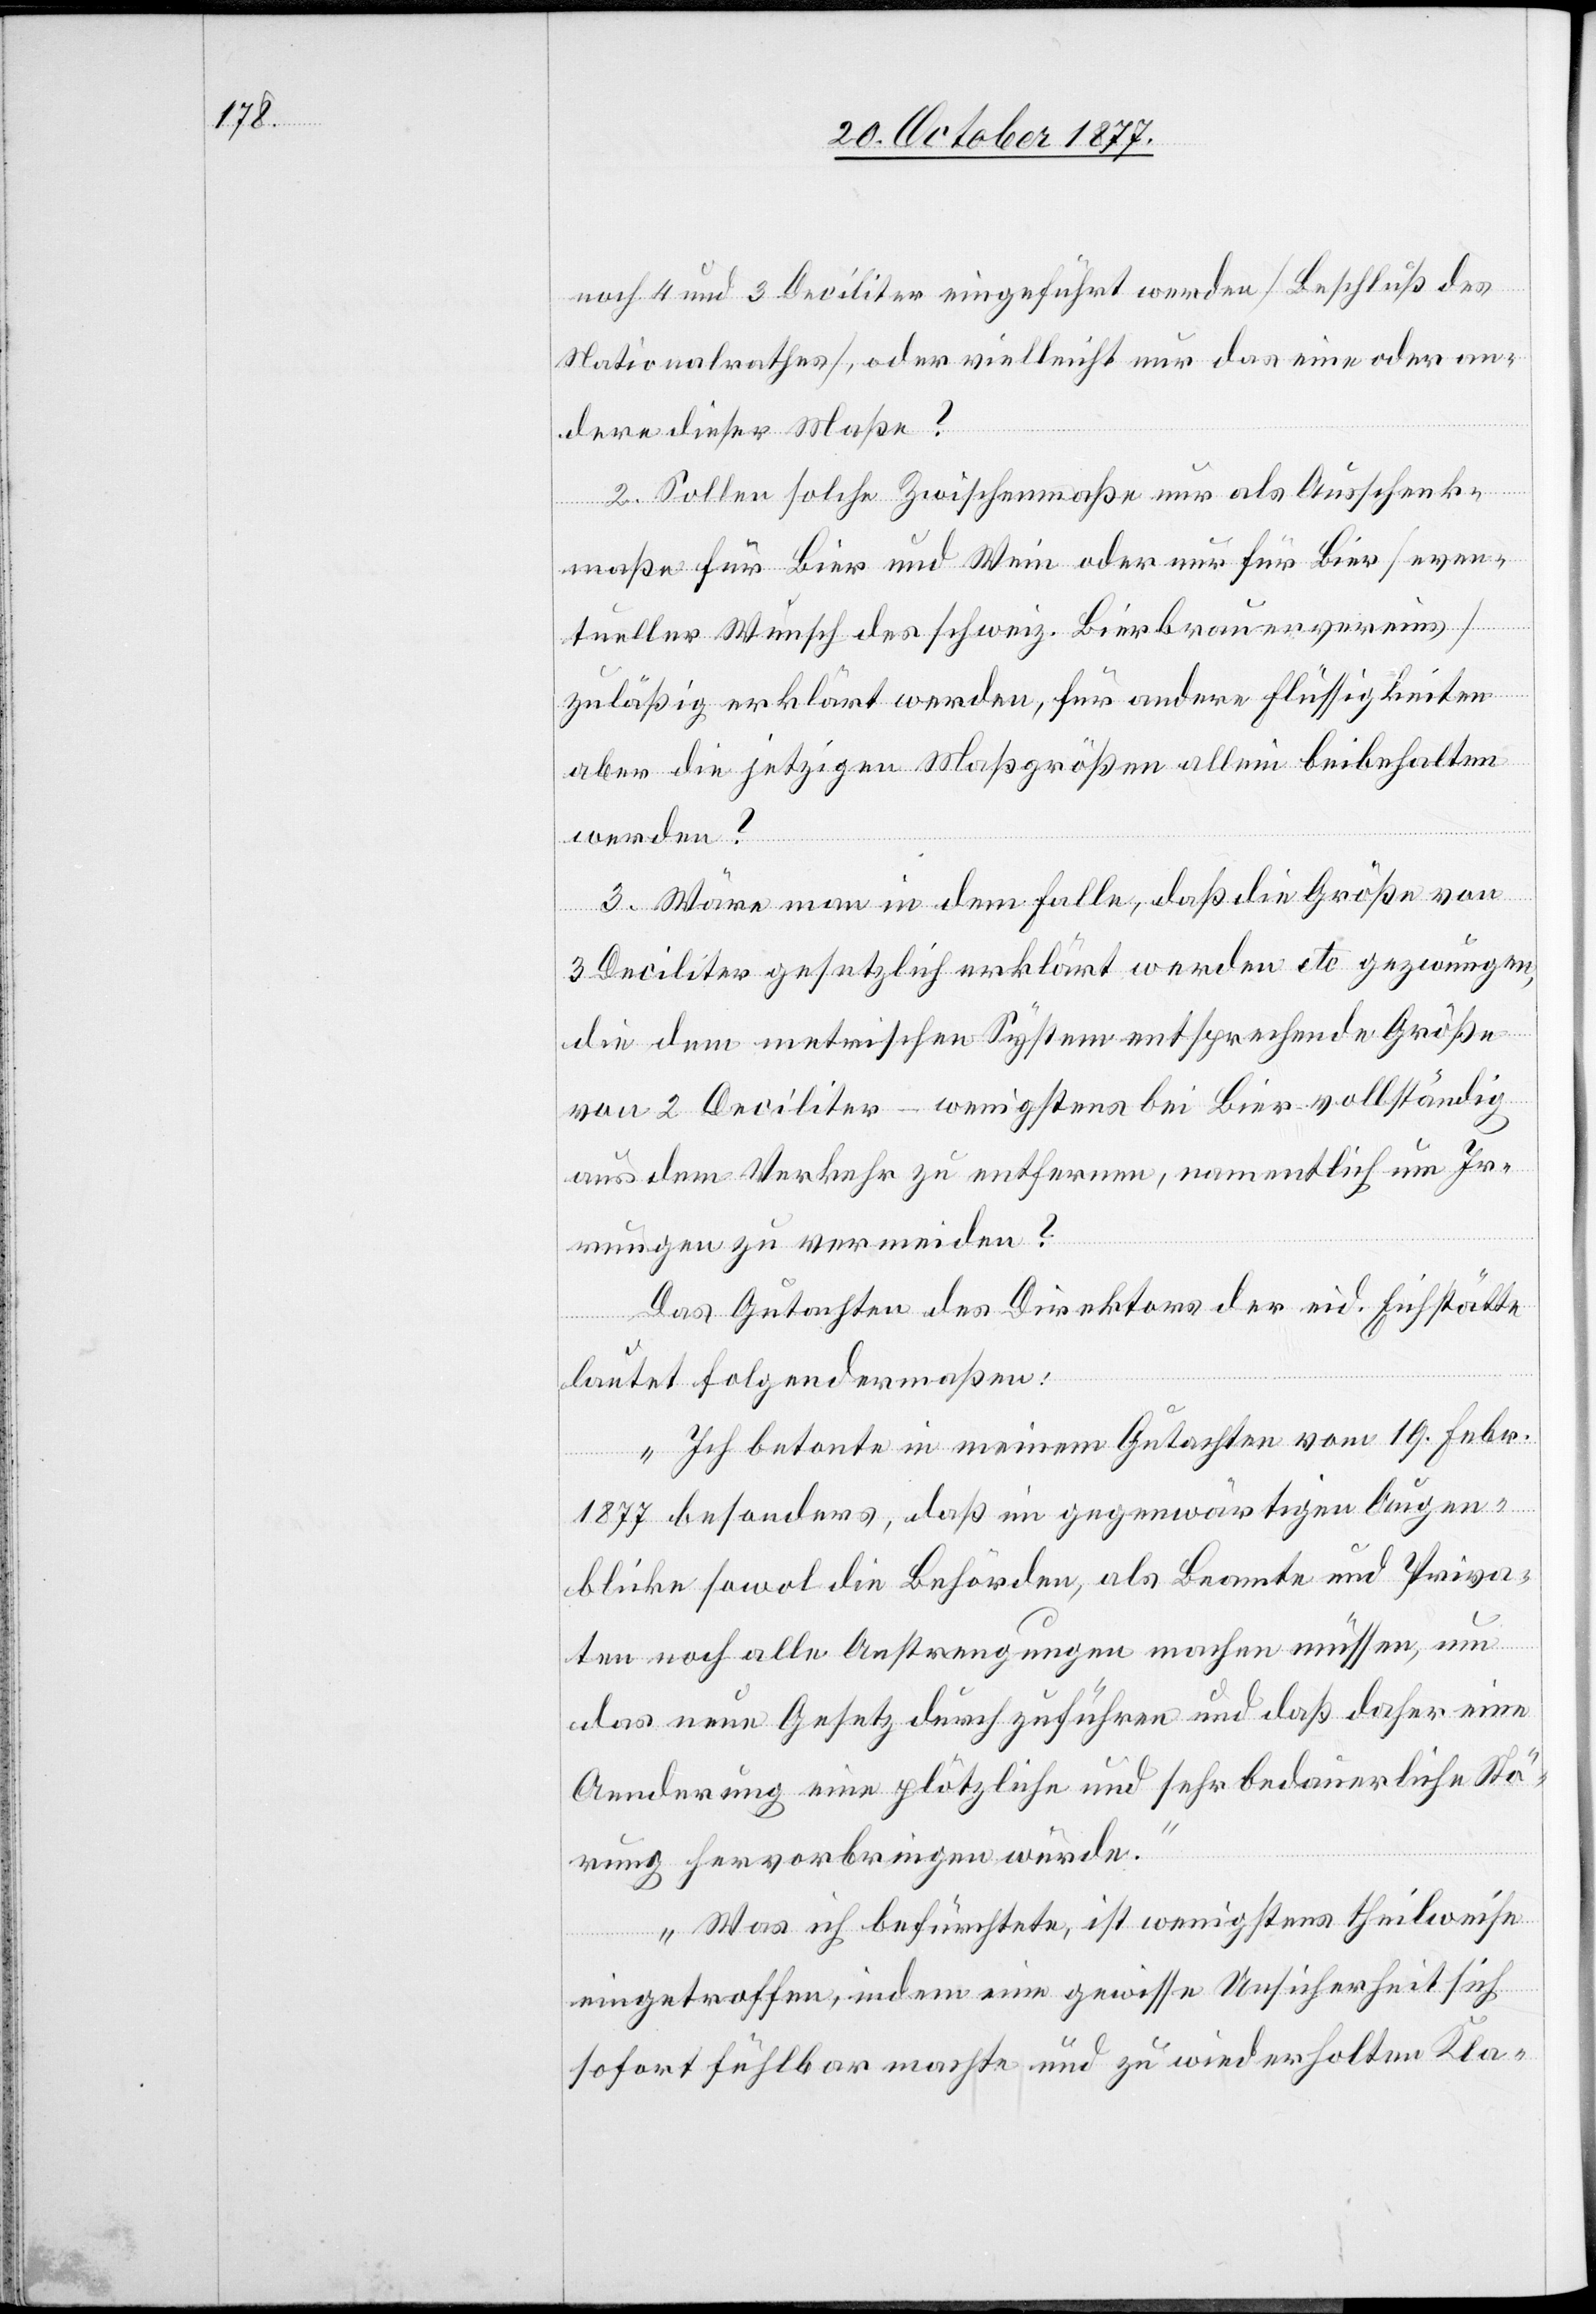
noch 4 und 3 Deciliter eingeführt werden [Beschluß des
Nationalrathes], oder vielleicht nur das eine oder an¬
dere dieser Maße?
2. Sollen solche Zwischenmaße nur als Ausschenk¬
maße für Bier und Wein oder nur für Bier [even¬
tueller Wunsch des schweiz. Bierbrauervereins]
zuläßig erklärt werden, für andere Flüssigkeiten
aber die jetzigen Maßgrößen allein beibehalten
werden?
3. Wäre man in dem Falle, daß die Größe von
3 Deciliter gesetzlich erklärt werden etc. gezwungen,
die dem metrischen System entsprechende Größe
von 2 Deciliter – wenigstens bei Bier – vollständig
aus dem Verkehr zu entfernen, namentlich um Ir¬
rungen zu vermeiden?
Das Gutachten des Direktors der eid. Eichstätte
lautet folgendermaßen:
„Ich betonte in meinem Gutachten vom 19. Febr.
1877 besonders, daß im gegenwärtigen Augen¬
blicke sowol die Behörden, als Beamte und Priva¬
ten noch alle Anstrengungen machen müssen, um
das neue Gesetz durchzuführen und daß daher eine
Aenderung eine plötzliche und sehr bedauerliche Stö¬
rung hervorbringen würde.“
„Was ich befürchtete, ist wenigstens theilweise
eingetroffen, indem eine gewisse Unsicherheit sich
sofort fühlbar machte und zu wiederholten Kla-